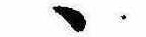
ゝ